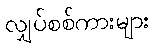
လျှပ်စစ်ကားများ